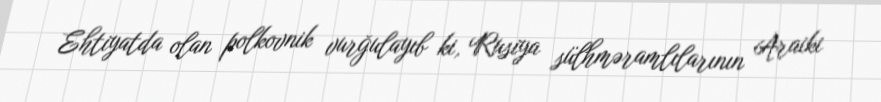
Ehtiyatda olan polkovnik vurğulayıb ki, Rusiya sülhməramlılarının Araiki